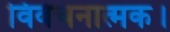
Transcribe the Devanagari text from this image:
विवेचनात्मक।